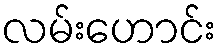
လမ်းဟောင်း